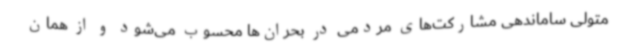
متولی ساماندهی مشارکت‌های مردمی در بحران‌ها محسوب می‌شود و از همان